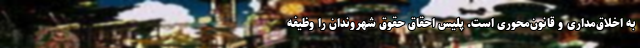
به اخلاق‌مداری و قانون‌محوری است. پلیس احقاق حقوق شهروندان را وظیفه